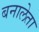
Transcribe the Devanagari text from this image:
बनालेता